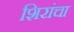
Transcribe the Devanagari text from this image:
शिरांचा